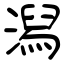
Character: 潟